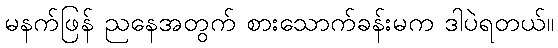
မနက်ဖြန် ညနေအတွက် စားသောက်ခန်းမက ဒါပဲရတယ်။